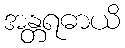
အန္တရဓာယိ